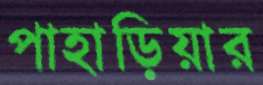
পাহাড়িয়ার